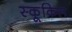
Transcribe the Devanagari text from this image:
स्कूकिल